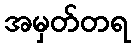
အမှတ်တရ